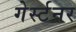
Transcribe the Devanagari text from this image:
गेर्स्टनर